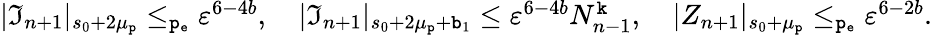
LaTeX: \begin{array}{r}{|\mathfrak{I}_{n+1}|_{s_{0}+2\mu_{\mathtt{p}}}\le_{\mathtt{p_{e}}}\varepsilon^{6-4b},\quad|\mathfrak{I}_{n+1}|_{s_{0}+2\mu_{\mathtt{p}}+\mathtt{b}_{1}}\le\varepsilon^{6-4b}N_{n-1}^{\mathtt{k}},\quad|Z_{n+1}|_{s_{0}+\mu_{\mathtt{p}}}\le_{\mathtt{p_{e}}}\varepsilon^{6-2b}.}\end{array}